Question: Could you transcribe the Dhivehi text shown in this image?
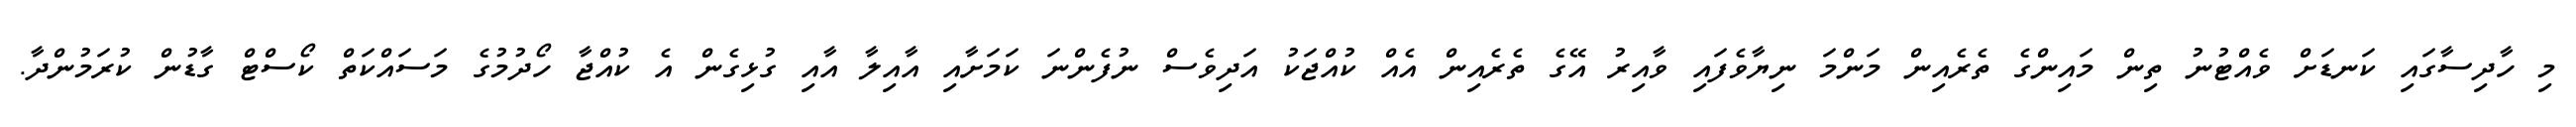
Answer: މި ހާދިސާގައި ކަނޑަށް ވެއްޓުނު ތިން މައިންގެ ތެރެއިން މަންމަ ނިޔާވެފައި ވާއިރު އޭގެ ތެރެއިން އެއް ކުއްޖަކު އަދިވެސް ނުފެންނަ ކަމަށާއި އާއިލާ އާއި ގުޅިގެން އެ ކުއްޖާ ހޯދުމުގެ މަސައްކަތް ކޯސްޓް ގާޑުން ކުރަމުންދާ.